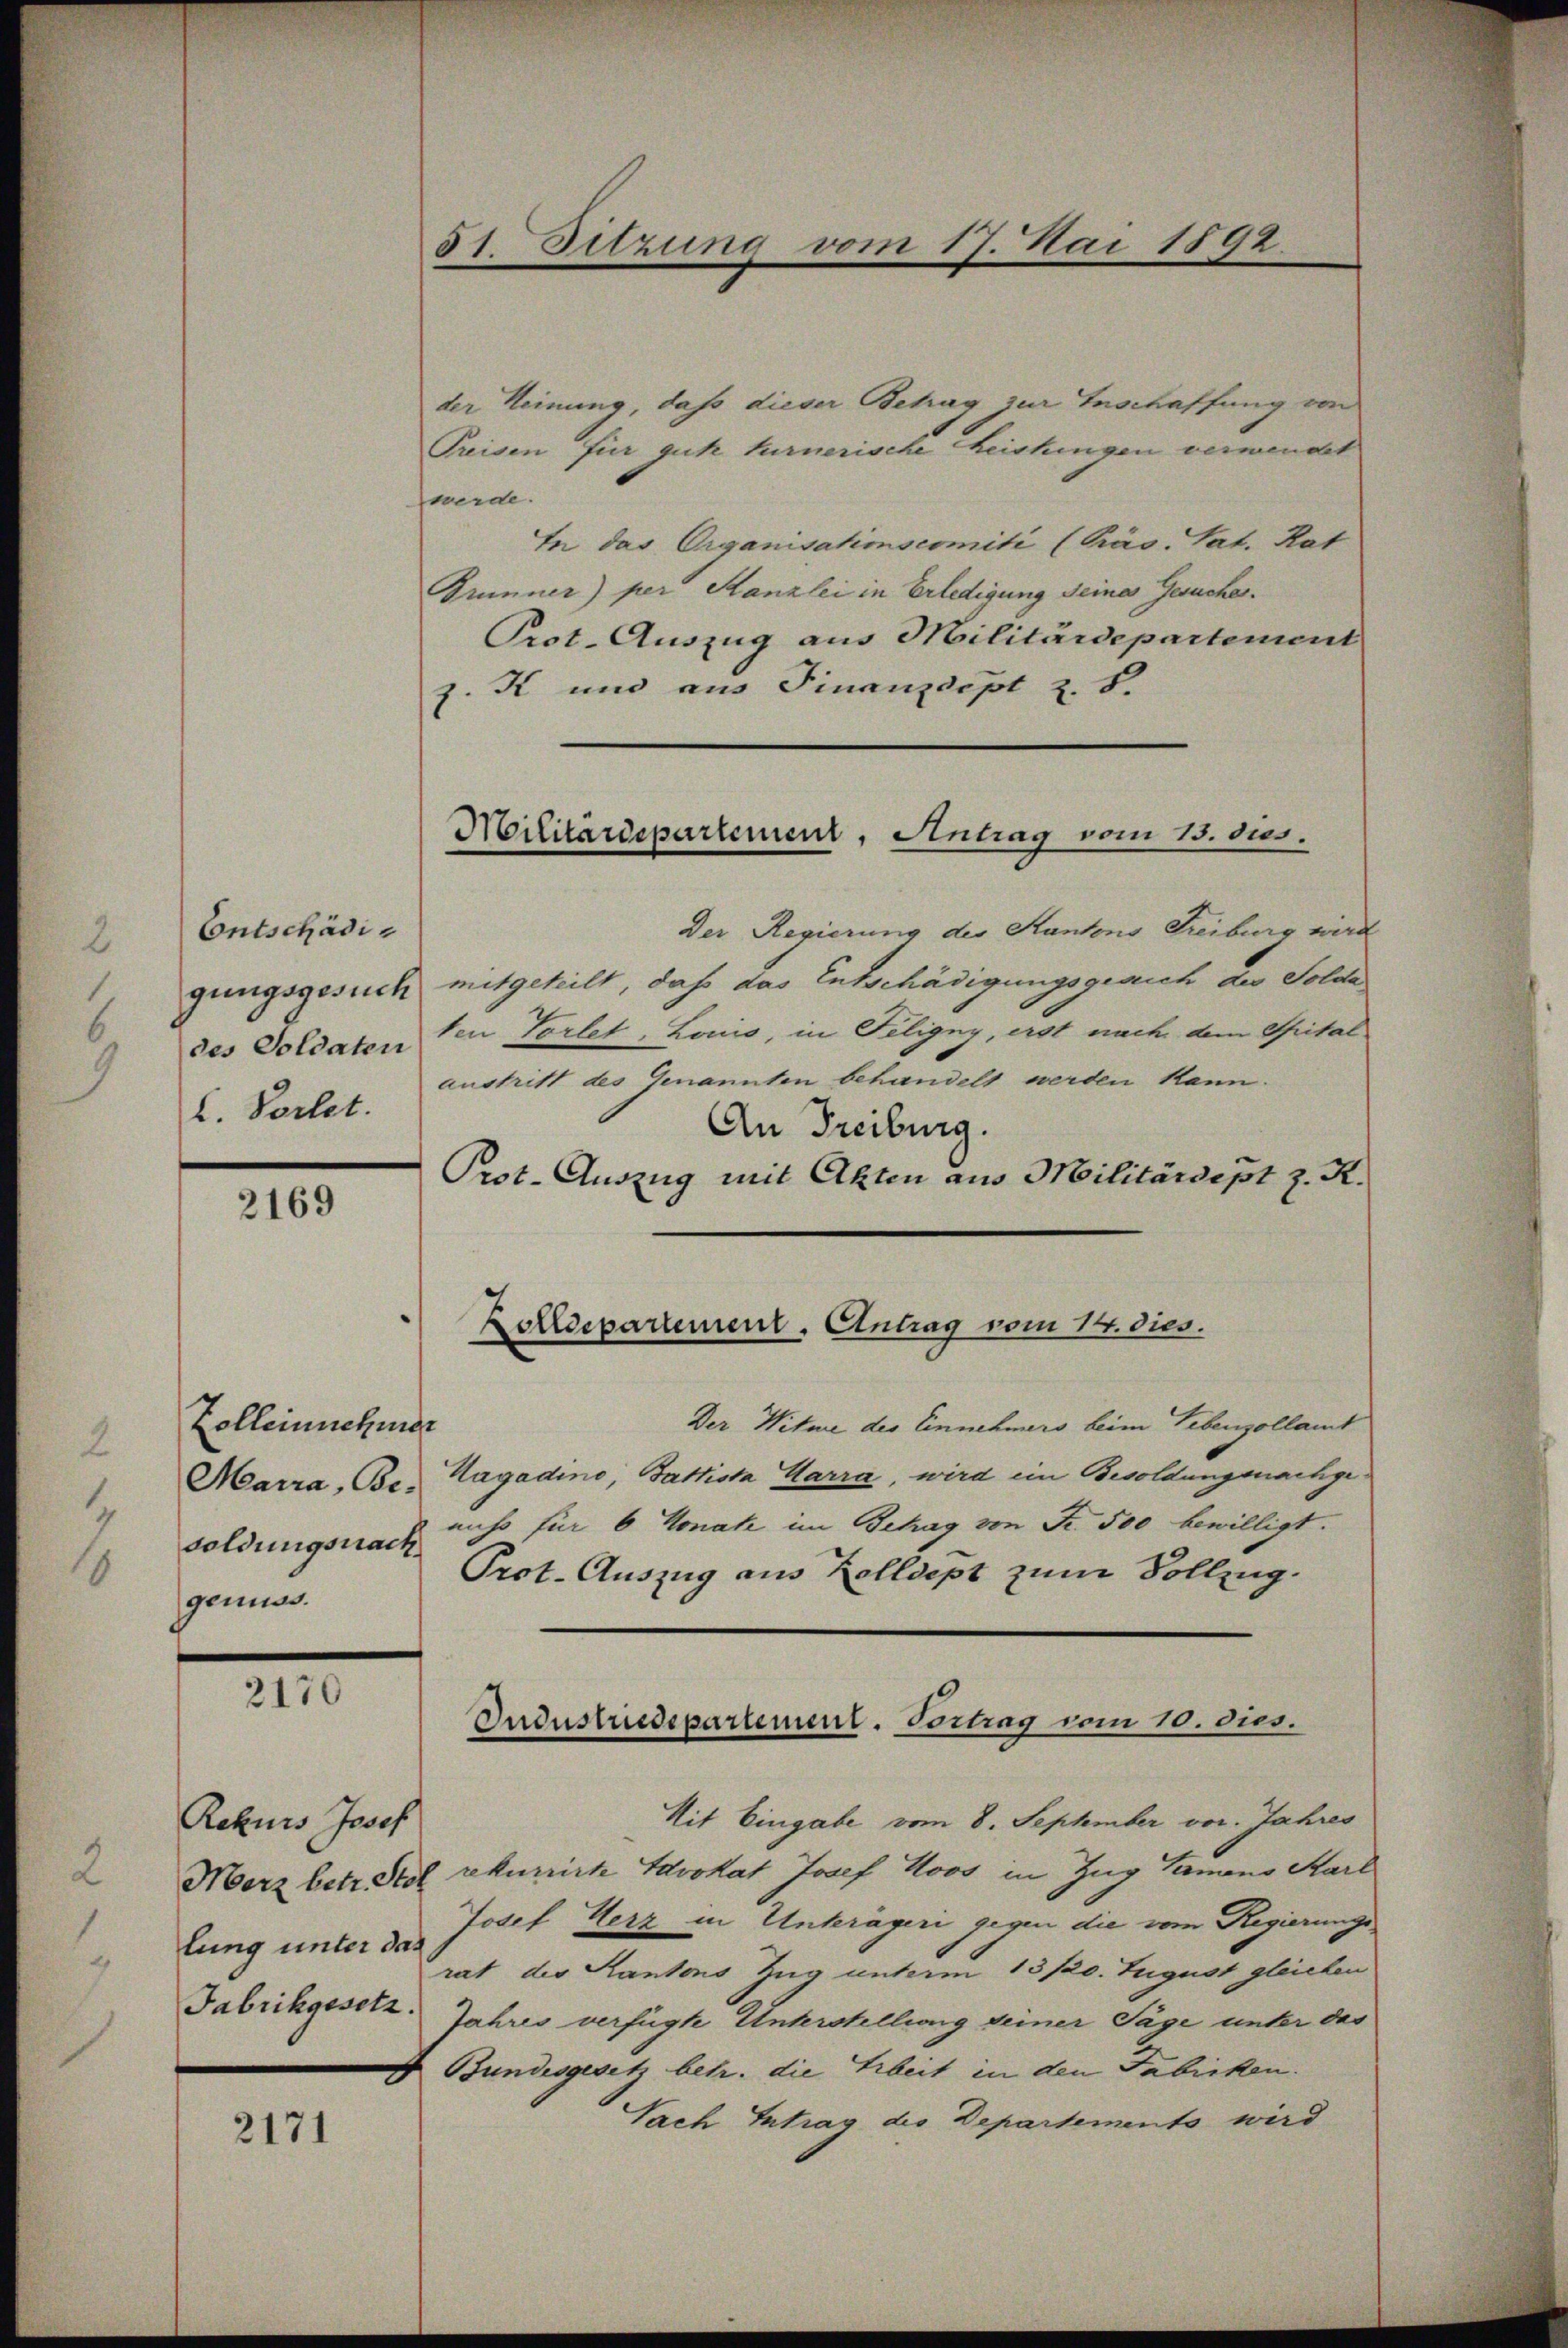
Entschädil. Vortet.

2169

Zolleinehmer
Marra, Besoldungsnach
genuss.

2170

Rekurs Josef
lung unter da
Fabrikgesetz.

2171

51. Sitzung vom 17. Mai 1892

der Meinung, daß dieser Betrag zur Inschaffung von
Preisen für gute turnerische Leistungen verwendet
werde.
In das Organisationscomité (Präs. Tat. Rat
Sinner) per Kanzlei in Erledigung seine Gesuche.
Prot. Auszug aus Militärdepartement
z. K und aus Finanzdept z. B.
Der Regierung des Kantons Freiburg wird
gungsgesuch mitgeteilt, daß das Entschädigungsgerich der Solda
des Soldaten den Tortet. Louis, in Feligny, erst nach dem Spital
austritt des Genannten behandelt werden kann.
An Freiburg.
Prot. Auszug mit Akten aus Militärdept z. K.
Zolldepartement. Eintrag vom 14. dies.
Der Witwe des Einnehmers beim Lebenzollamt
Hagadino, Battista Carra, wird ein Besoldungsnachge
nicht für 6 Monate im Behag von Fr. 500 bewilligt.
Prot. Auszug aus Zolldept zum Vollzug.
Industredepartement. Vortrag vom 10. dies.
Mit Eingabe vom 8. September vor. Jahres
Merz betr. Stol rekurrirt Advokat Josef Roos in Zug Sameno Karl
Josef Herz in Unterägeri gegen die vom Regierungsrat des Kantons Zug unterm 13./20. August gleichen
Jahres verfügte Unterstellung seiner Säge unter das
Bundesgesetz betr. die Arbeit in den Fabicken.
Sach Intrag des Departements wird

Militärdepartement, Antrag vom 15. dies.